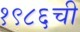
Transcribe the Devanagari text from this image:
१९८६ची